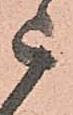
被